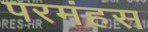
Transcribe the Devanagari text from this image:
परमंहस